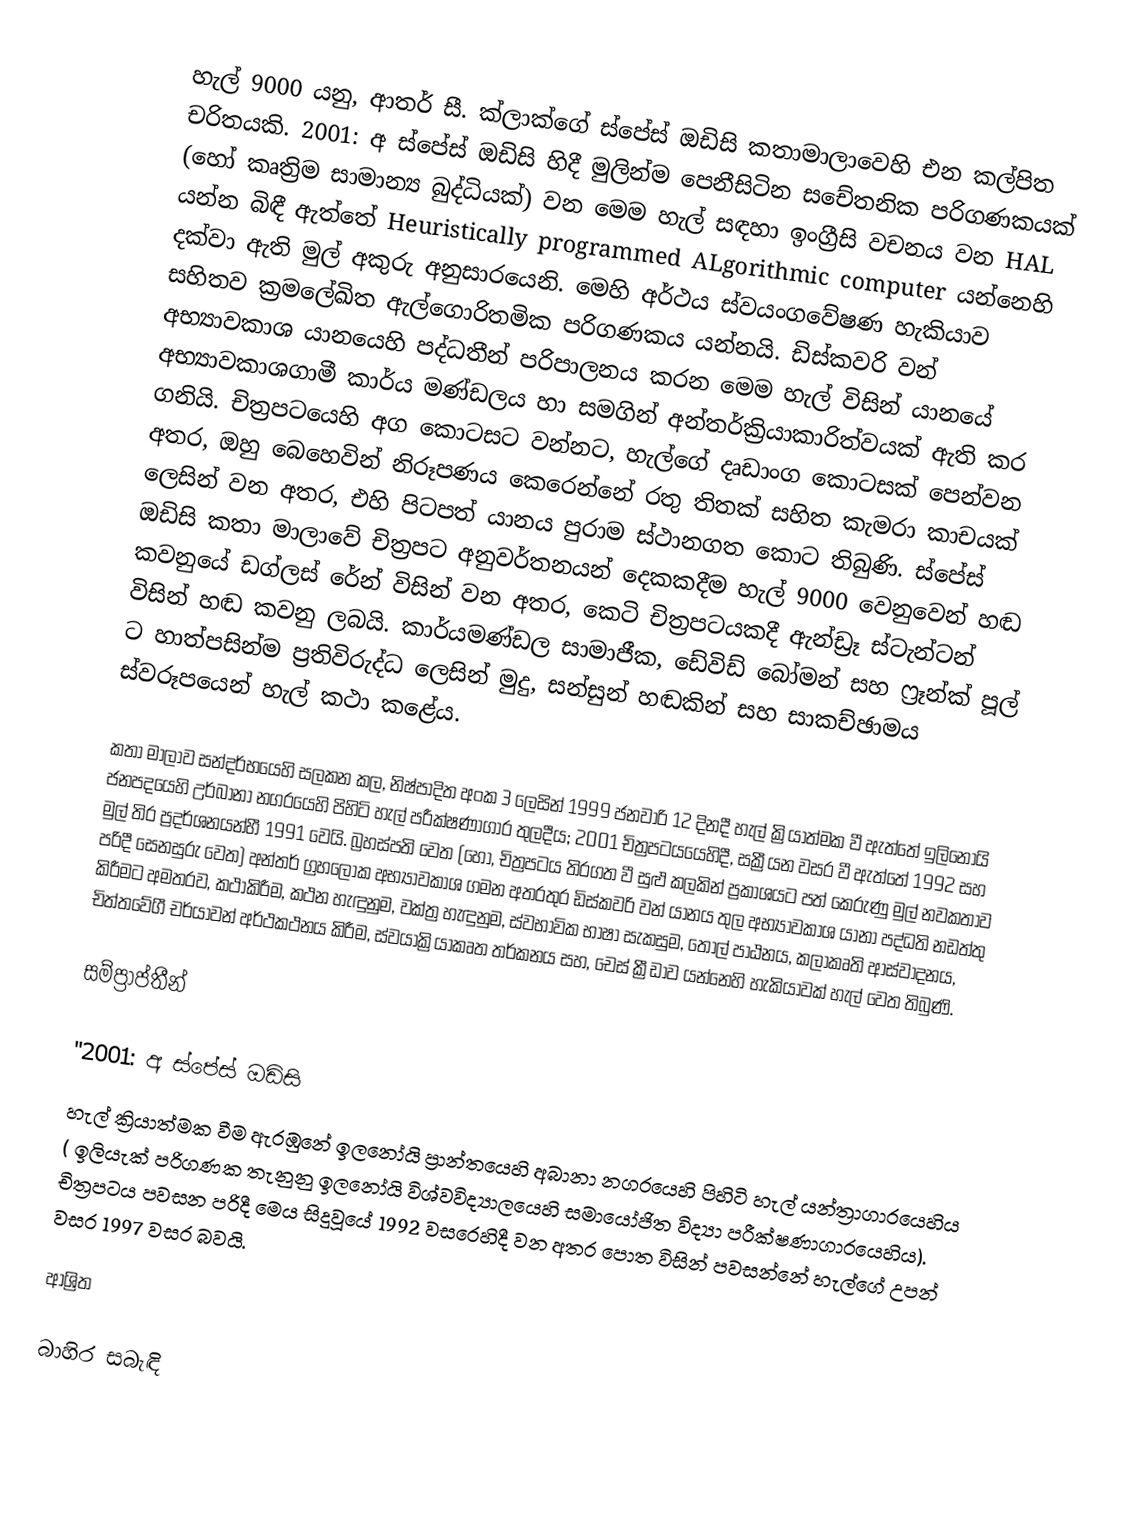
හැල් 9000 යනු,   ආතර් සී. ක්ලාක්ගේ  ස්පේස් ඔඩිසි කතාමාලාවෙහි එන කල්පිත චරිතයකි.  2001: අ ස්පේස් ඔඩිසි හිදී මුලින්ම පෙනීසිටින සචේතනික පරිගණකයක් (හෝ  කෘත්‍රිම සාමාන්‍ය බුද්ධියක්) වන මෙම හැල් සඳහා ඉංග්‍රීසි වචනය වන HAL  යන්න බිඳී ඇත්තේ Heuristically programmed ALgorithmic computer   යන්නෙහි දක්වා ඇති මුල් අකුරු අනුසාරයෙනි. මෙහි අර්ථය ස්වයංගවේෂණ හැකියාව සහිතව ක්‍රමලේඛිත ඇල්ගොරිතමික පරිගණකය යන්නයි.  ඩිස්කවරි වන් අභ්‍යාවකාශ යානයෙහි පද්ධතීන් පරිපාලනය කරන මෙම හැල් විසින් යානයේ අභ්‍යාවකාශගාමී කාර්ය මණ්ඩලය හා සමගින් අන්තර්ක්‍රියාකාරිත්වයක් ඇති කර ගනියි. චිත්‍රපටයෙහි අග කොටසට වන්නට, හැල්ගේ දෘඩාංග කොටසක් පෙන්වන අතර, ඔහු බෙහෙවින් නිරූපණය කෙරෙන්නේ රතු තිතක් සහිත කැමරා කාචයක් ලෙසින් වන අතර, එහි පිටපත් යානය පුරාම ස්ථානගත කොට තිබුණි. ස්පේස් ඔඩිසි කතා මාලාවේ චිත්‍රපට අනුවර්තනයන් දෙකකදීම හැල් 9000 වෙනුවෙන් හඬ කවනුයේ  ඩග්ලස් රේන් විසින් වන අතර, කෙටි චිත්‍රපටයකදී ඇන්ඩ්‍රෑ ස්ටැන්ටන් විසින් හඬ කවනු ලබයි. කාර්යමණ්ඩල සාමාජීක, ඩේවිඩ් බෝමන් සහ ෆ්‍රෑන්ක් පූල් ට හාත්පසින්ම ප්‍රතිවිරුද්ධ ලෙසින් මුදු, සන්සුන් හඬකින් සහ සාකච්ඡාමය ස්වරූපයෙන් හැල් කථා කළේය.

කතා මාලාව සන්දර්භයෙහි සලකන කල, නිෂ්පාදිත අංක 3 ලෙසින් 1999 ජනවාරි 12 දිනදී හැල් ක්‍රියාත්මක වී ඇත්තේ  ඉලිනෝයි ජනපදයෙහි උර්බානා නගරයෙහි පිහිටි හැල් පරීක්ෂණාගාර තුලදීය; 2001 චිත්‍රපටයයෙහිදී, සක්‍රීයන වසර වී ඇත්තේ 1992 සහ මුල් තිර ප්‍රදර්ශනයන්හී 1991 වෙයි. බ්‍රහස්පති වෙත (හෝ, චිත්‍රපටය තිරගත වී සුළු කලකින් ප්‍රකාශයට පත් කෙරුණු මුල් නවකතාව පරිදී  සෙනසුරු වෙත) අන්තර් ග්‍රහලෝක අභ්‍යාවකාශ ගමන අතරතුර ඩිස්කවරි වන් යානය තුල  අභ්‍යාවකාශ යානා පද්ධති නඩත්තු කිරීමට අමතරව, කථාකිරීම, කථන හැඳුනුම,  වක්ත්‍ර හැඳුනුම, ස්වභාවික භාෂා  සැකසුම, තොල් පාඨනය, කලාකෘති ආස්වාදනය,  චිත්තවේගී චර්යාවන් අර්ථකථනය කිරීම, ස්වයාක්‍රියාකෘත තර්කනය සහ, චෙස් ක්‍රීඩාව යන්නෙහි හැකියාවක් හැල් වෙත තිබුණි.

සම්ප්‍රාප්තීන්

''2001: අ ස්පේස් ඔඩිසි
හැල් ක්‍රියාත්මක වීම ඇරඹුනේ ඉලනෝයි ප්‍රාන්තයෙහි අබානා නගරයෙහි පිහිටි හැල් යන්ත්‍රාගාරයෙහිය ( ඉලියැක් පරිගණක තැනුනු ඉලනෝයි විශ්වවිද්‍යාලයෙහි   සමායෝජිත විද්‍යා පරීක්ෂණාගාරයෙහිය).  චිත්‍රපටය පවසන පරිදී මෙය සිදුවූයේ 1992 වසරෙහිදී වන අතර පොත විසින් පවසන්නේ හැල්ගේ උපන් වසර 1997 වසර බවයි.

ආශ්‍රිත

බාහිර සබැඳි